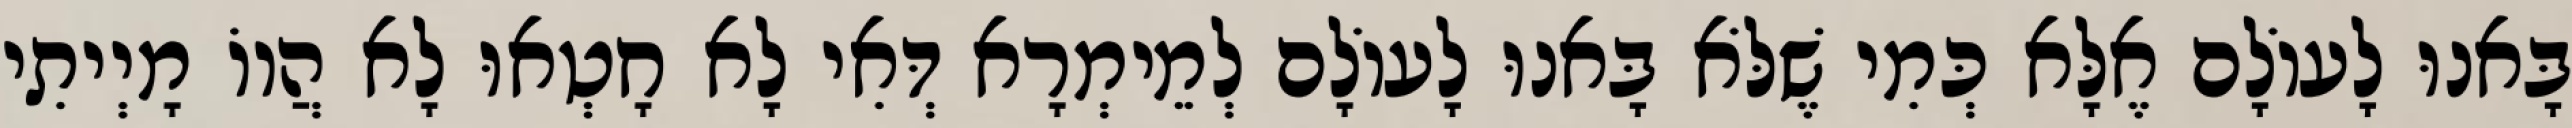
בָּאנוּ לָעוֹלָם אֶלָּא כְּמִי שֶׁלֹּא בָּאנוּ לָעוֹלָם לְמֵימְרָא דְּאִי לָא חָטְאוּ לָא הֲווֹ מָיְיתִי